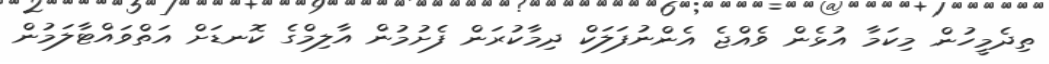
ތިދެމީހުން މިކަމާ އުޅެން ވެއްޖެ އެންނުފަލަކް ދިމާކުރަން ފެށުމުން އާލިމްގެ ކޮނޑަށް އަތްވައްޓާލަމުން